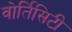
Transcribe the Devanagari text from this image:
वोर्तिसिटी